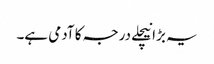
یہ بڑا نیچلے درجہ کا آدمی ہے۔